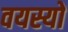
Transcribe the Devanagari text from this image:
वयस्यों